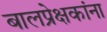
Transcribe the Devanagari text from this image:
बालप्रेक्षकांना